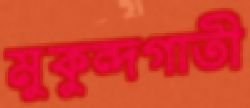
মুকুন্দগাতী